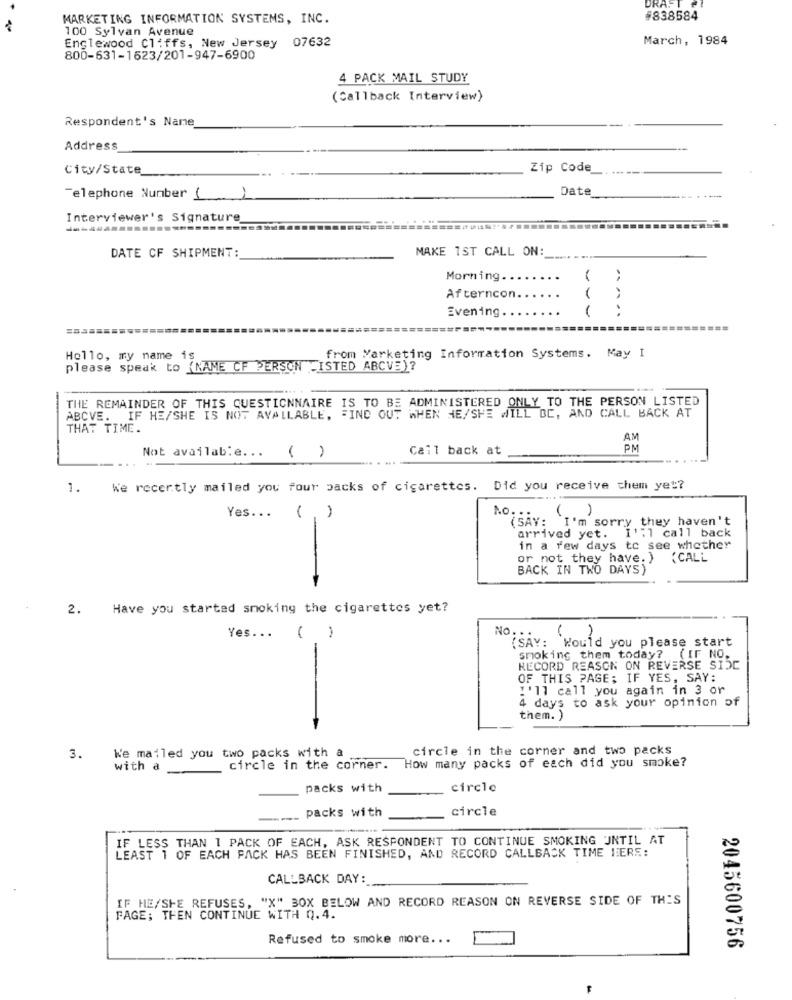
DRAFT
MARKETING INFORMATION SYSTEMS, INC.
#838584
100 Sylvan Avenue
Englewood Cliffs, New Jersey 07632
March, 1984
800-631-1623/201-947-6900
4 PACK MAIL STUDY
(Callback Interview)
Respondent's Name
Address
City/State
Zip Code
Date
Telephone Number (
Interviewer's Signature
MAKE 1ST CALL ON:
DATE CF SHIPMENT:
Morning ..
Afterncon
Evening
......
Hello, my name is
from Marketing Information Systems. May I
please speak to (NAME CF PERSON "ISTED ABCVE)?
-
THE REMAINDER OF THIS QUESTIONNAIRE IS TO BE ADMINISTERED ONLY TO THE PERSON LISTED
ABCVE. IF HE/SHE IS NOT AVAILABLE, FIND OUT WHEN HE/SHE WILL BE, AND CALL BACK AT
THAT TIME.
AM
Not available ...
Cail back at
PM
( )
1.
ke recently mailed you four packs of cigarettes. Did you receive them yet?
No ..
( )
Yes ...
(SAY: I'm sorry they haven't
arrived yet. I'll call back
in a few days to see whether
or not they have. )
{CALL
BACK IN TWO DAYS)
2.
Have you started smoking the cigarettes yet?
No. ..
Yes ...
( )
(SAY: Would you please start
smoking them today? (IF NO.
RECORD REASON ON REVERSE SI5C
OF THIS PAGE; IF YES, SAY:
I'll call you again in 3 or
4 days to ask your opinion of
them. )
circle in the corner and two packs
3.
We mailed you two packs with a
How many packs of each did you smoke?
with a
circle in the corner.
packs with
circle
..... packs with
circle
IF LESS THAN 1 PACK OF EACH, ASK RESPONDENT TO CONTINUE SMOKING UNTIL AT
LEAST 1 OF EACH PACK HAS BEEN FINISHED, AND RECORD CALLBACK TIME HERE:
CALLBACK DAY:
IF HE/SHE REFUSES, "X" BOX BELOW AND RECORD REASON ON REVERSE SIDE OF THIS
FAGE; THEN CONTINUE WITH Q.4.
Refused to smoke more ...
-
2045600756